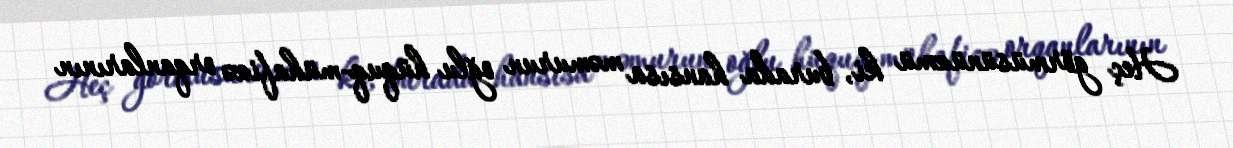
Heç görmüsünüzmü ki, burada hansısa məmurun oğlu hüquq-mühafizə orqanlarının